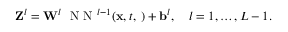
\begin{array} { r } { { \bf Z } ^ { l } = { \bf W } ^ { l } ~ \mathrm { ~ N ~ N ~ } ^ { l - 1 } ( { \bf x } , t , { \bf \phi } ) + { \bf b } ^ { l } , ~ ~ ~ l = 1 , \ldots , L - 1 . } \end{array}